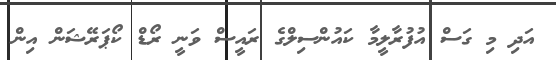
އަދި މި ގަސް އުފުރާލީމާ ކައުންސިލްގެ ރައީސް ވަނީ ރޯޑް ކޯޕަރޭޝަން އިން